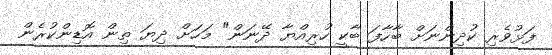
ފަޅުވެރި ކުދިންނަށް ބާހާފަ ބާކީ ހުރިއްޔާ ދޭނަން" މަހަށް ދިޔަ ތިން އޮޑިންކުރެން